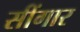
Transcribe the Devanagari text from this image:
सींगार